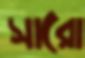
সারো